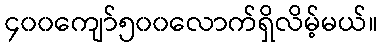
၄၀၀ကျော်၅၀၀လောက်ရှိလိမ့်မယ်။